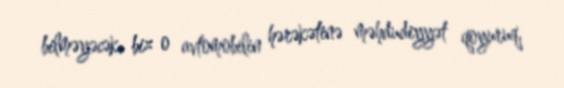
bilməyəcək, biz o avtomobilin hərəkətinə məhdudiyyət qoyuruq.